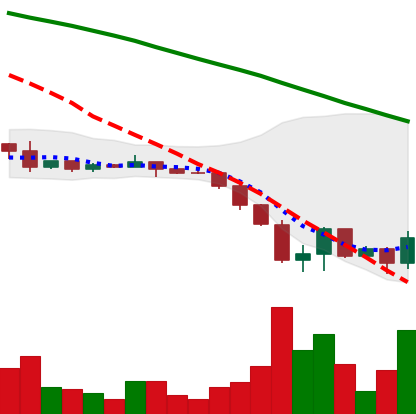
Ticker: DOGE-USD
Chart end date: 2022-06-19
Forward return: 11.14%
Label: up_7plus